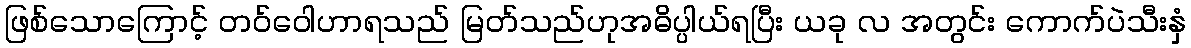
ဖြစ်သောကြောင့် တဝ်ဝေါဟာရသည် မြတ်သည်ဟုအဓိပ္ပါယ်ရပြီး ယခု လ အတွင်း ကောက်ပဲသီးနှံ